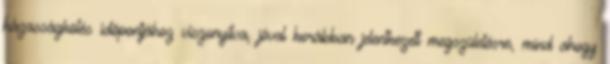
házasságkötés idõpontjához viszonyítva, jóval korábban jelentkezett megszületésre, mind ahogy